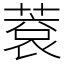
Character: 蔉